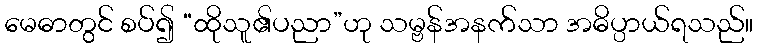
မေဓာတွင် စပ်၍ “ထိုသူ၏ပညာ”ဟု သမ္ဗန်အနက်သာ အဓိပ္ပာယ်ရသည်။